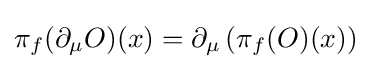
\pi _{f}(\partial _{\mu }O)(x)=\partial _{\mu }\left(\pi _{f}(O)(x)\right)